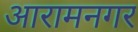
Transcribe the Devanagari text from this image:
आरामनगर